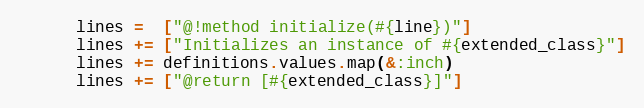
Language: Ruby
      lines =  ["@!method initialize(#{line})"]
      lines += ["Initializes an instance of #{extended_class}"]
      lines += definitions.values.map(&:inch)
      lines += ["@return [#{extended_class}]"]